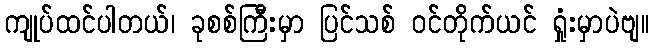
ကျုပ်ထင်ပါတယ်၊ ခုစစ်ကြီးမှာ ပြင်သစ် ဝင်တိုက်ယင် ရှုံးမှာပဲဗျ။